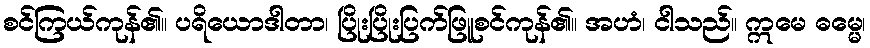
စင်ကြယ်ကုန်၏။ ပရိယောဒါတာ၊ ပြိုးပြိုးပြက်ဖြူစင်ကုန်၏။ အဟံ၊ ငါသည်။ ဣမေ ဓမ္မေ၊